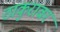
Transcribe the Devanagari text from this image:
ठाकुरावर